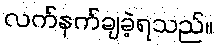
လက်နက်ချခဲ့ရသည်။